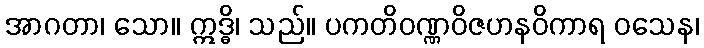
အာဂတာ၊ သော။ ဣဒ္ဓိ၊ သည်။ ပကတိဝဏ္ဏဝိဇဟနဝိကာရ ဝသေန၊